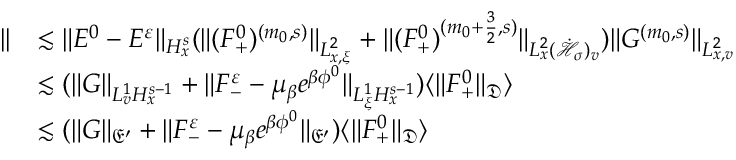
\begin{array} { r l } { | | } & { \lesssim \| E ^ { 0 } - E ^ { \varepsilon } \| _ { H _ { x } ^ { s } } ( \| ( F _ { + } ^ { 0 } ) ^ { ( m _ { 0 } , s ) } \| _ { L _ { x , \xi } ^ { 2 } } + \| ( F _ { + } ^ { 0 } ) ^ { ( m _ { 0 } + \frac { 3 } { 2 } , s ) } \| _ { L _ { x } ^ { 2 } ( \dot { \mathcal H } _ { \sigma } ) _ { v } } ) \| G ^ { ( m _ { 0 } , s ) } \| _ { L _ { x , v } ^ { 2 } } } \\ & { \lesssim ( \| G \| _ { L _ { v } ^ { 1 } H _ { x } ^ { s - 1 } } + \| F _ { - } ^ { \varepsilon } - \mu _ { \beta } e ^ { \beta \phi ^ { 0 } } \| _ { L _ { \xi } ^ { 1 } H _ { x } ^ { s - 1 } } ) \langle \| F _ { + } ^ { 0 } \| _ { \mathfrak D } \rangle } \\ & { \lesssim ( \| G \| _ { \mathfrak E ^ { \prime } } + \| F _ { - } ^ { \varepsilon } - \mu _ { \beta } e ^ { \beta \phi ^ { 0 } } \| _ { \mathfrak E ^ { \prime } } ) \langle \| F _ { + } ^ { 0 } \| _ { \mathfrak D } \rangle } \end{array}